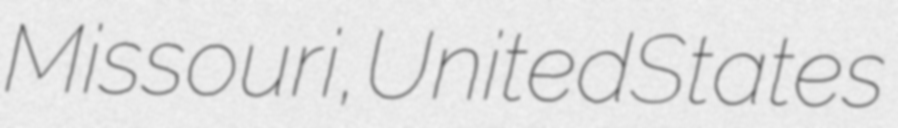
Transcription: Missouri, United States